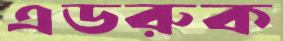
এডরুক